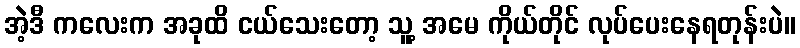
အဲ့ဒီ ကလေးက အခုထိ ငယ်သေးတော့ သူ့ အမေ ကိုယ်တိုင် လုပ်ပေးနေရတုန်းပဲ။